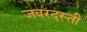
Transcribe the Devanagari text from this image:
जबरदस्‍ती